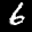
Label: 6